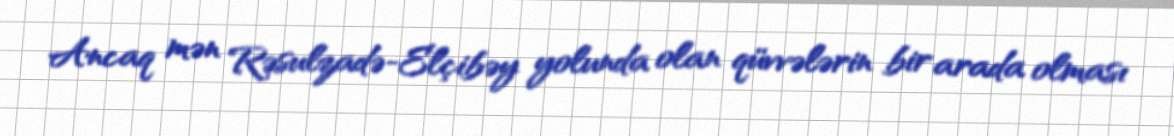
Ancaq mən Rəsulzadə-Elçibəy yolunda olan qüvvələrin bir arada olması